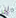
إن